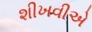
શીખવીએ